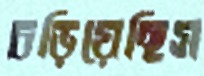
চড়িয়েছিস